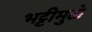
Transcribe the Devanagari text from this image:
भट्टीमुळे